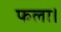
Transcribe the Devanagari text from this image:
फला।